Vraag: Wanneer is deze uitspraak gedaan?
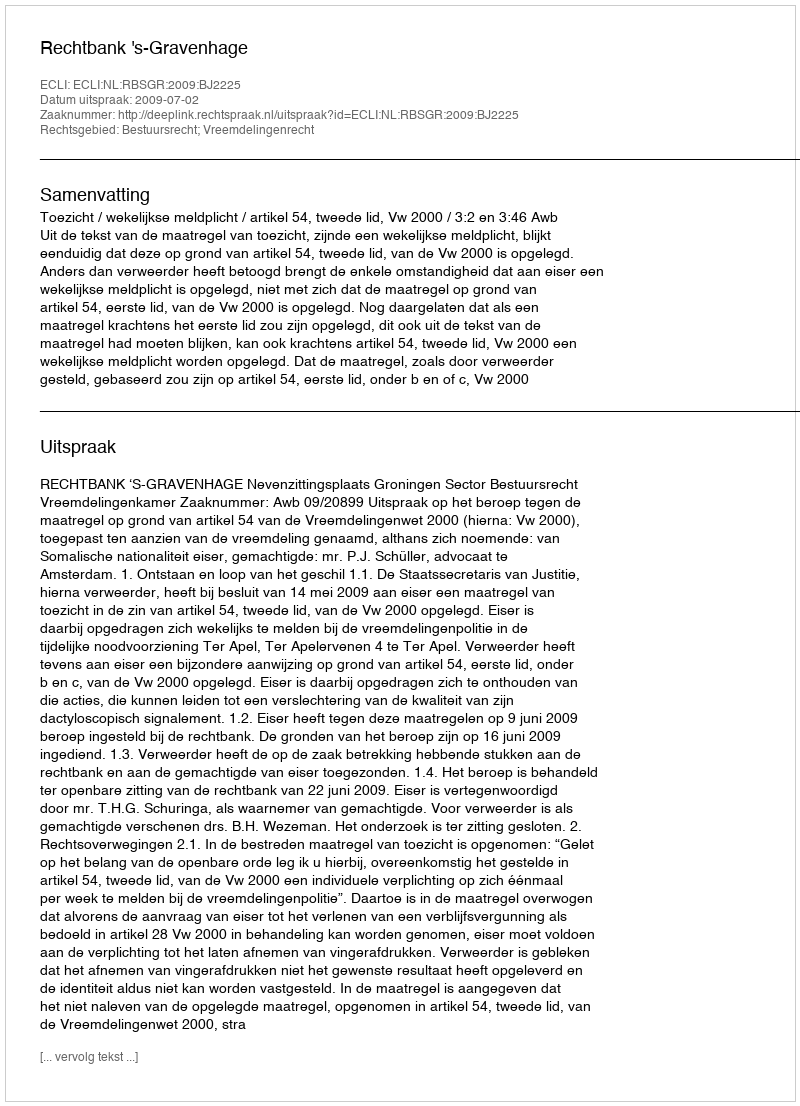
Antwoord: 2009-07-02